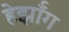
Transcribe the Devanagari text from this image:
हेर्झॉग